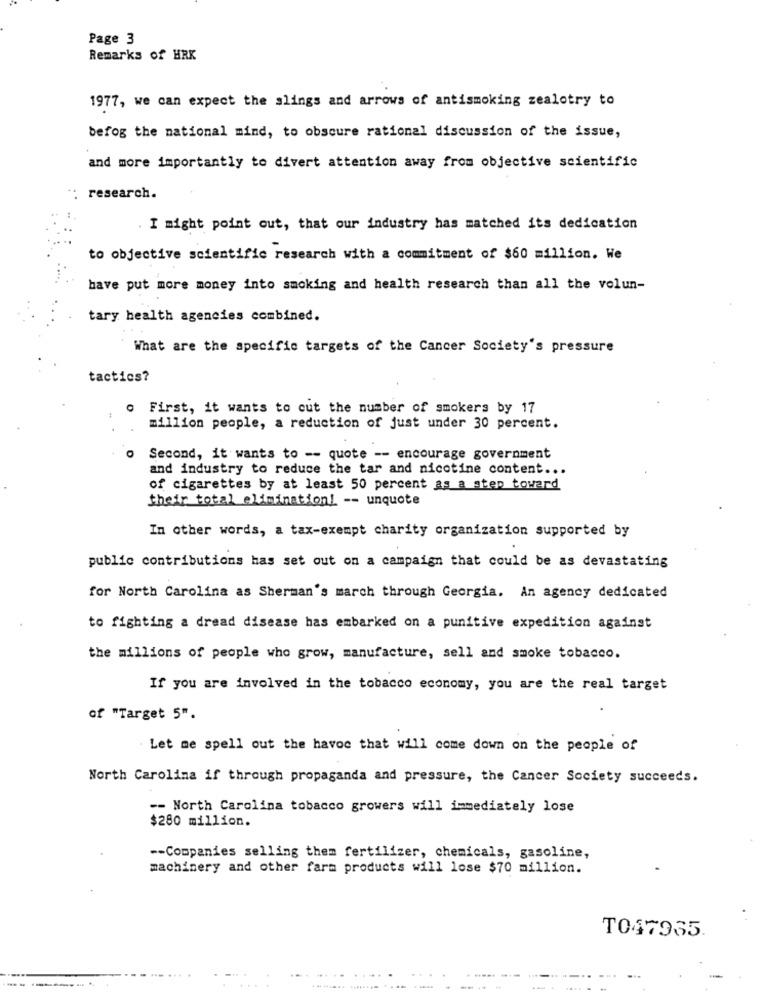
Page 3
Remarks of HRK
1977, we can expect the slings and arrows of antismoking zealotry to
befog the national mind, to obscure rational discussion of the issue,
and more importantly to divert attention away from objective scientific
": research.
. I might point out, that our industry has matched its dedication
to objective scientific research with a commitment of $60 million. We
have put more money into smoking and health research than all the volun-
tary health agencies combined.
What are the specific targets of the Cancer Society's pressure
tactics?
· First, it wants to cut the number of smokers by 17
million people, a reduction of just under 30 percent.
Second, it wants to -- quote -- encourage government
and industry to reduce the tar and nicotine content ...
of cigarettes by at least 50 percent as a step toward
their total elimination! -- unquote
In other words, a tax-exempt charity organization supported by
public contributions has set out on a campaign that could be as devastating
for North Carolina as Sherman's march through Georgia. An agency dedicated
to fighting a dread disease has embarked on a punitive expedition against
the millions of people who grow, manufacture, sell and smoke tobacco.
If you are involved in the tobacco economy, you are the real target
of "Target 5".
Let me spell out the havoc that will come down on the people of
North Carolina if through propaganda and pressure, the Cancer Society succeeds.
-- North Carolina tobacco growers will immediately lose
$280 million.
-- Companies selling them fertilizer, chemicals, gasoline,
machinery and other farm products will lose $70 million.
T047935.